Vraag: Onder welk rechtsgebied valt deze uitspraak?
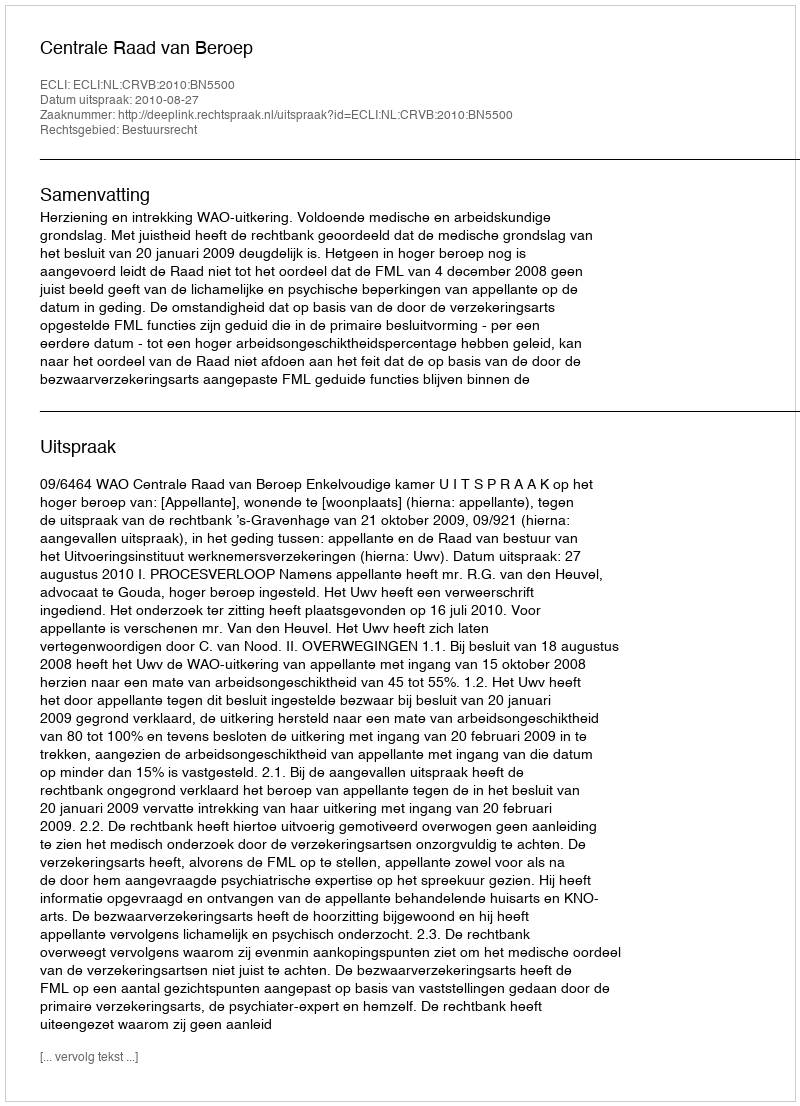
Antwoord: Bestuursrecht